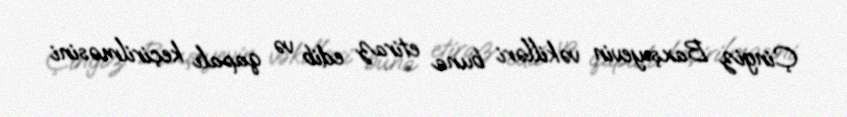
Çingiz Baxşıyevin vəkilləri buna etiraz edib və qapalı keçirilməsini